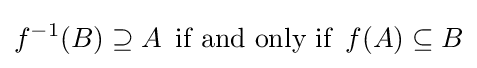
f^{-1}(B)\supseteq A\,{\text{ if and only if }}\,f(A)\subseteq B